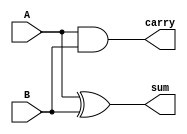
module half_adder(
  input A,            // Input A
  input B,            // Input B
  output sum,         // Output sum
  output carry);      // Output carry
  
  and(carry, A, B);   // Generate the carry output using an AND gate
  xor(sum, A, B);     // Generate the sum output using an XOR gate
  
endmodule